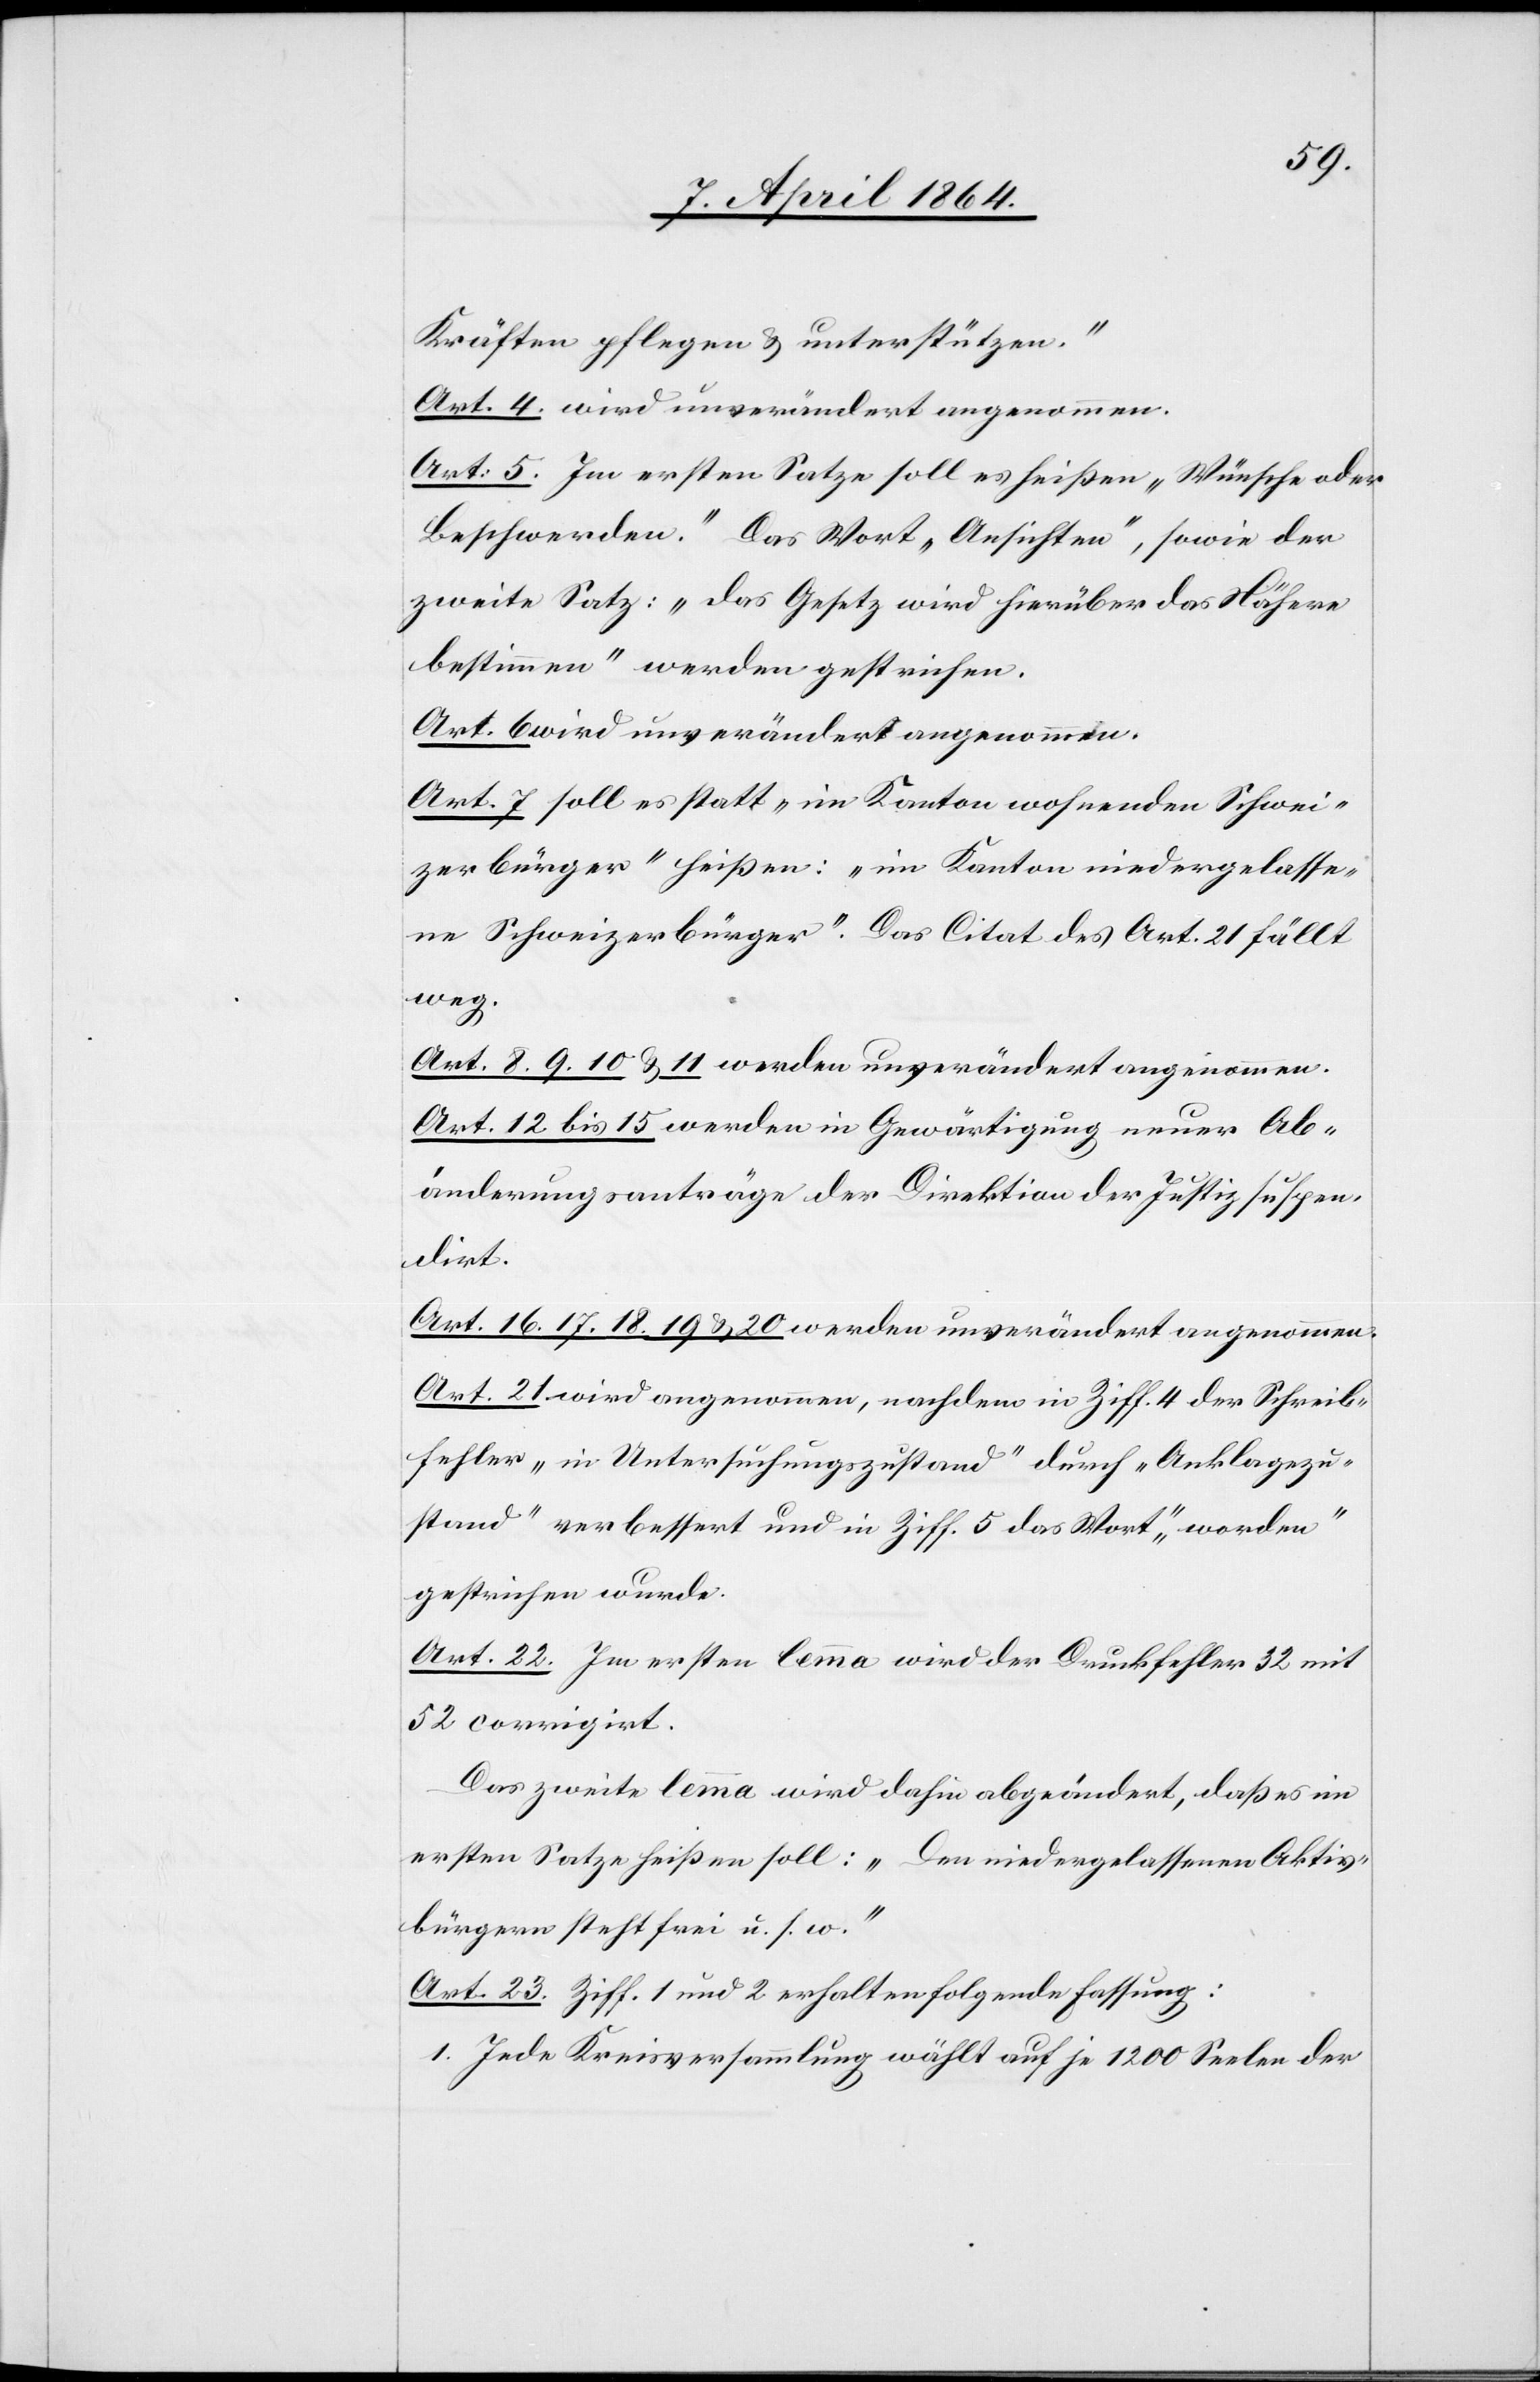
Kräften pflegen u. unterstützen.“
Art. 4. wird unverändert angenommen.
Art: 5. Im ersten Satze soll es heißen „Wünsche oder
Beschwerden“. Das Wort „Ansichten“, sowie der
zweite Satz: „das Gesetz wird hierüber das Nähere
bestimmen“ werden gestrichen.
Art. 6 wird unverändert angenommen.
Art. 7 soll es statt „im Kanton wohnenden Schwei¬
zerbürger“ heißen: „im Kanton niedergelasse¬
ne Schweizerbürger“. Das Citat des Art. 21 fällt
weg.
Art. 8. 9. 10 u. 11 werden unverändert angenommen.
Art. 12 bis 15 werden in Gewärtigung neuer Ab¬
änderungsanträge der Direktion der Justiz suspen¬
dirt.
Art. 16. 17. 18. 19 u. 20 werden unverändert angenommen.
Art. 21 wird angenommen, nachdem in Ziff. 4 der Schreib¬
fehler „in Untersuchungszustand“ durch „Anklagezu¬
stand“ verbessert und in Ziff. 5 das Wort „worden“
gestrichen wurde.
Art. 22. Im ersten lemma wird der Druckfehler 32 mit
52 corrigirt.
Das zweite lemma wird dahin abgeändert, daß es im
ersten Satz heißen soll: „Den niedergelassenen Aktiv¬
bürgern steht frei u. s. w.“
Art. 23. Ziff. 1 und 2 erhalten folgende Fassung:
1. Jede Kreisversammlung wählt auf je 1200 Seelen der